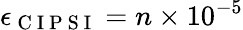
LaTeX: \epsilon_{\mathrm{~C~I~P~S~I~}}=n\times 10^{-5}